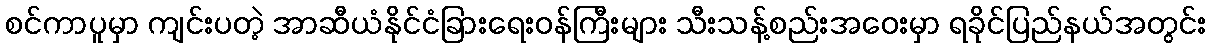
စင်ကာပူမှာ ကျင်းပတဲ့ အာဆီယံနိုင်ငံခြားရေးဝန်ကြီးများ သီးသန့်စည်းအဝေးမှာ ရခိုင်ပြည်နယ်အတွင်း